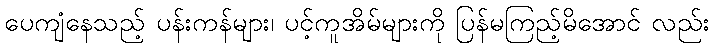
ပေကျံနေသည့် ပန်းကန်များ၊ ပင့်ကူအိမ်များကို ပြန်မကြည့်မိအောင် လည်း